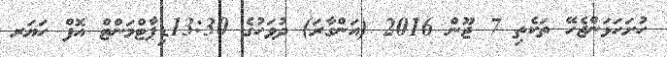
ހުށަހަޅަންޖެހޭ ތަކެތި 7 ޖޫން 2016 (އަންގާރަ) ދުވަހުގެ 13:30ޑިޕާޓްމަންޓް އޮފް ހަޔަރ